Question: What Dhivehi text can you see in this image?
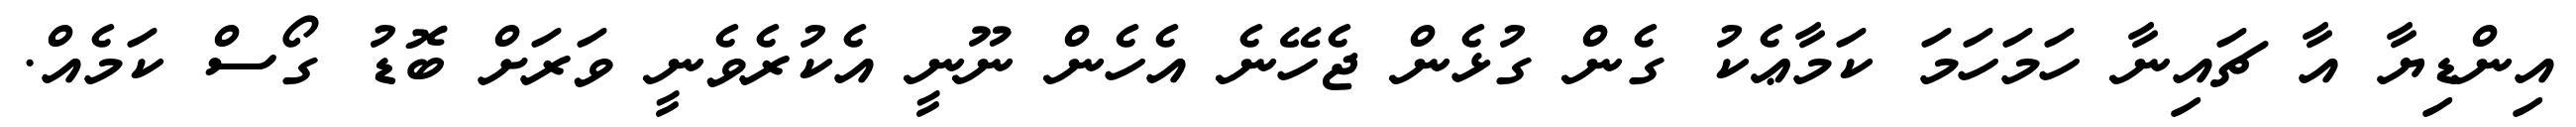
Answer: އިންޑިޔާ އާ ޗައިނާ ހަމަހަމަ ކަމާޢެކު ގެން ގުޅެން ޖެހޭނެ އެހެން ނޫނީ އެކުރެވެނީ ވަރަށް ބޮޑު ގޯސް ކަމެއް.